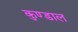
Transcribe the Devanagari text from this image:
कुण्डाल